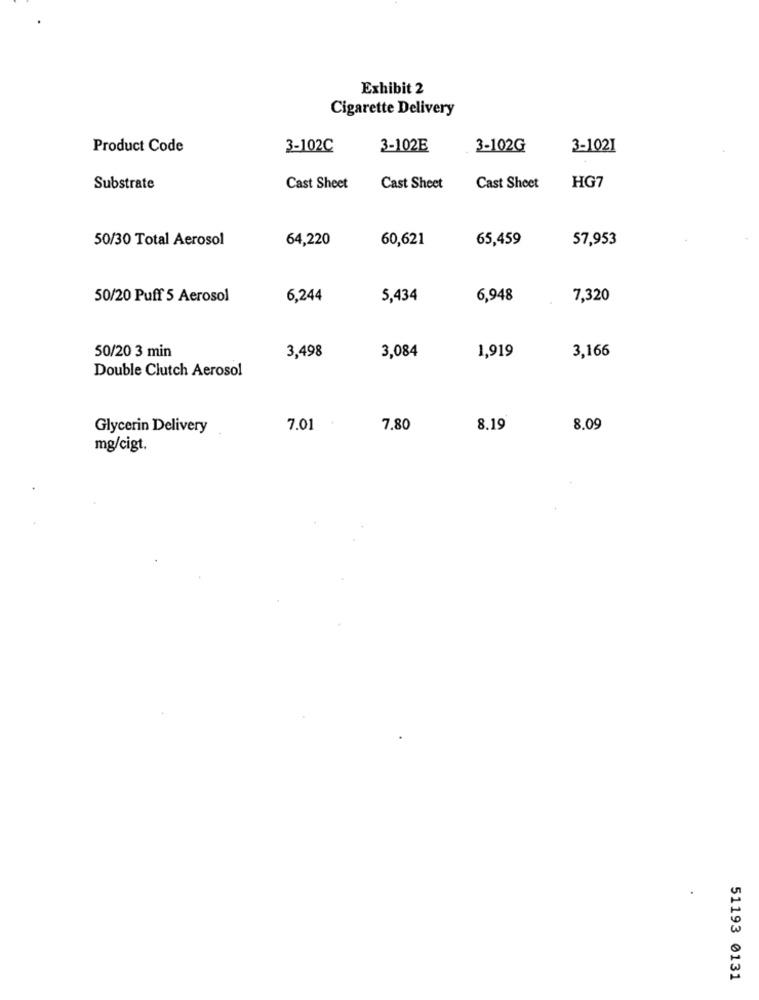
Exhibit 2
Cigarette Delivery
Product Code
3-102C
3-102E
3-102G
3-1021
Substrate
Cast Sheet
Cast Sheet
Cast Sheet
HG7
50/30 Total Aerosol
64,220
60,621
65,459
57,953
50/20 Puff 5 Aerosol
6,244
5,434
6,948
7,320
50/20 3 min
3,498
3,084
1,919
3,166
Double Clutch Aerosol
Glycerin Delivery
7.01
7.80
8.19
8.09
mg/cigt.
51193 0131